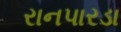
રાનપારડા